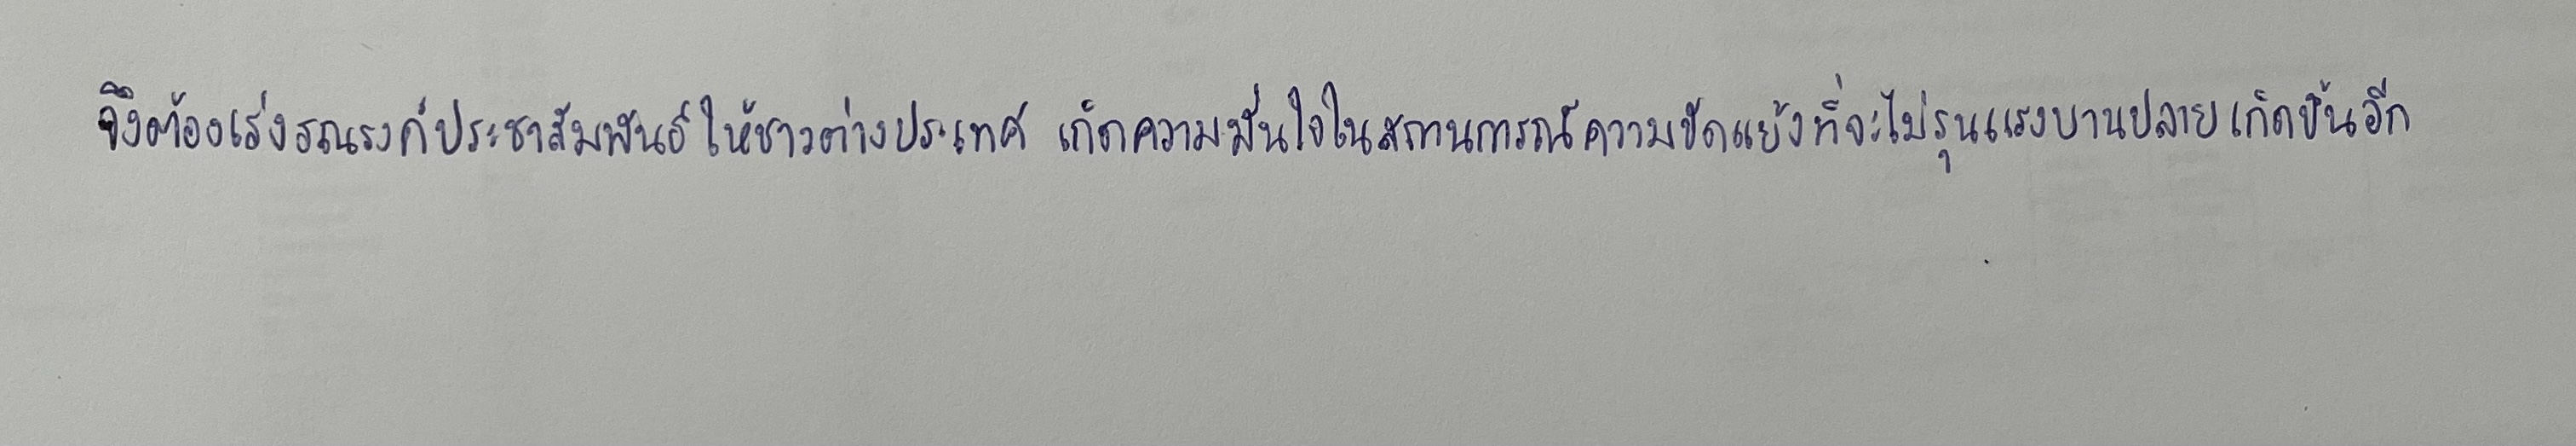
จึงต้องเร่งรณรงค์ประชาสัมพันธ์ให้ชาวต่างประเทศเกิดความมั่นใจในสถานการณ์ความขัดแย้งที่จะไม่รุนแรงบานปลายเกิดขึ้นอีก